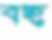
বহ